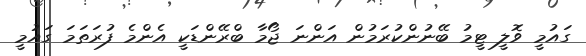
ގައުމީ ވޮލީ ޓީމު ބޭނުންކުރަމުން އަންނަ ޖޯމާ ބްރޭންޑަކީ އެންމެ ފުރަތަމަ ގައުމީ